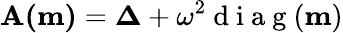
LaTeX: \mathbf{A(m)}=\boldsymbol{\Delta}+\omega^{2}\mathrm{~d~i~a~g~}(\mathbf{m})